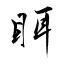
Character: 眲